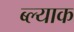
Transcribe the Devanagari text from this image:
ब्ल्याक